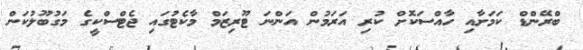
ބްރޭންޑް ކަމަށާއި ހާއްސަކޮށް ކުރި އަރަމުން އަންނަ ޓޫރިޒަމް މާކެޓުގައި ޖެޓްސްކީގެ މަގުބޫލުކަން